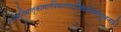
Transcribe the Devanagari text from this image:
गणपतिमातृकामार्गदेवतापराजिताशमीपूजनानि